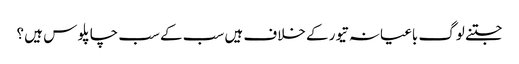
جتنے لوگ باغیانہ تیور کے خلاف ہیں سب کے سب چاپلو س ہیں ؟